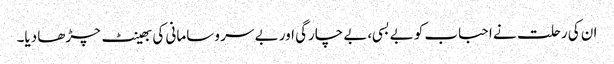
ان کی رحلت نے احباب کو بے بسی،بے چارگی اور بے سر و سامانی کی بھینٹ چڑھا دیا۔